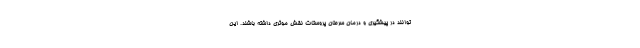
توانند در پیشگیری و درمان سرطان پروستات نقش موثری داشته باشند. این